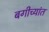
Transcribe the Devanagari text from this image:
बगीच्यांत